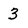
Character: 3